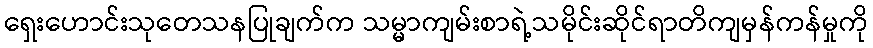
ရှေးဟောင်းသုတေသနပြုချက်က သမ္မာကျမ်းစာရဲ့သမိုင်းဆိုင်ရာတိကျမှန်ကန်မှုကို